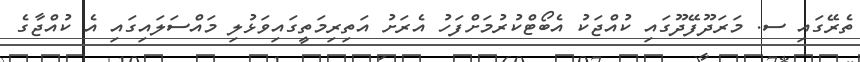
ތެރޭގައި ސ. މަރަދޫފޭދޫގައި ކުއްޖަކު އެބޯޓްކުރުމަށްފަހު އެރަށު އަތިރިމަތީގައިވަޅުލި މައްސަލައިގައި އެ ކުއްޖާގެ